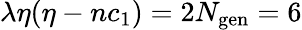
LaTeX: \lambda\eta(\eta-nc_{1})=2N_{\mathrm{gen}}=6